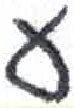
אות: ע